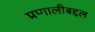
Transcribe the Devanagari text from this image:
प्रणालीबद्दल